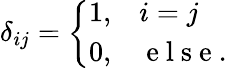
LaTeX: \begin{array}{r}{\delta_{ij}=\left\{ \begin{array}{ll}{1,}&{i=j}\\ {0,}&{\mathrm{~e~l~s~e~.~}}\end{array}\right.}\end{array}